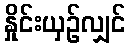
နှိုင်းယှဉ်လျှင်